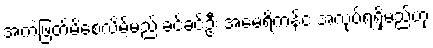
အကဲဖြတ်မိစေလိမ့်မည် ခင်ခင်ဦး အေမရိကန်င အလုပ်ရရှိမည်ဟု